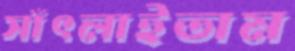
সাঁৎলাইতাম